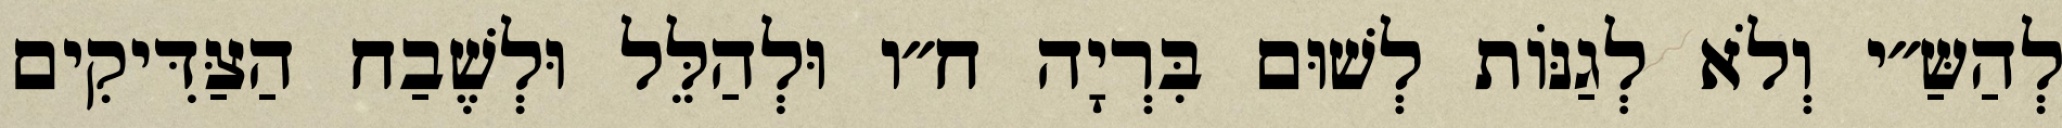
לְהַשַּ״י וְלֹא לְגַנּוֹת לְשׁוּם בִּרְיָה ח״ו וּלְהַלֵּל וּלְשֶׁבַח הַצַּדִּיקִים